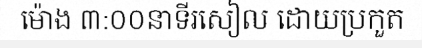
ម៉ោង ៣:០០នាទីរសៀល ដោយប្រកួត